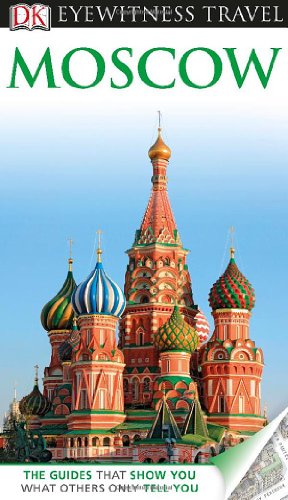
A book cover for DK Eyewitness Travel Guide: Moscow; Rose Baring; Travel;